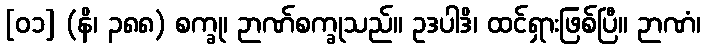
[၀၁] (နိ၊ ၃၈၈) စက္ခု၊ ဉာဏ်စက္ခုသည်။ ဥဒပါဒိ၊ ထင်ရှားဖြစ်ပြီ။ ဉာဏံ၊